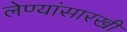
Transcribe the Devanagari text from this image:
लेण्यांसारखी